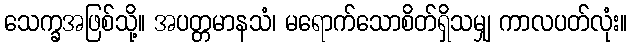
သေက္ခအဖြစ်သို့။ အပတ္တမာနသံ၊ မရောက်သောစိတ်ရှိသမျှ ကာလပတ်လုံး။